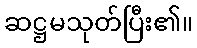
ဆဋ္ဌမသုတ်ပြီး၏။